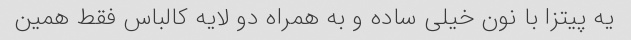
یه پیتزا با نون خیلی ساده و به همراه دو لایه کالباس فقط همین